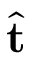
\hat { \mathbf { t } }